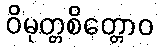
ဝိမုတ္တစိတ္တောဝ